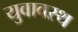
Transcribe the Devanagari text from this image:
युवावस्थ